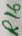
Text: R16